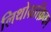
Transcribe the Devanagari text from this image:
लिथोग्राफ़िका